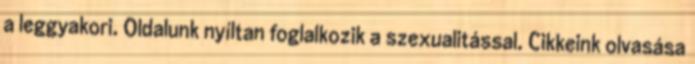
a leggyakori. Oldalunk nyíltan foglalkozik a szexualitással. Cikkeink olvasása